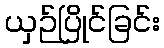
ယှဉ်ပြိုင်ခြင်း